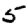
Digit: 5